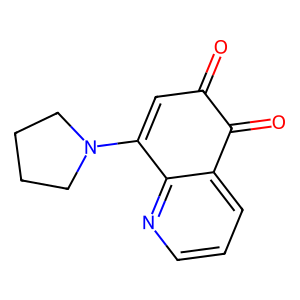
SMILES: O=C1C=C(N2CCCC2)c2ncccc2C1=O
Inhibits HIV replication: No